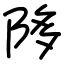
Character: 陊